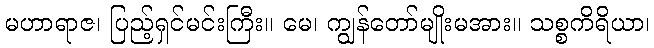
မဟာရာဇ၊ ပြည့်ရှင်မင်းကြီး။ မေ၊ ကျွန်တော်မျိုးမအား။ သစ္စကိရိယာ၊